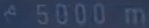
^{\wedge}5000